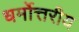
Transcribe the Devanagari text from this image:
धर्मोत्तरीय